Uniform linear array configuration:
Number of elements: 32
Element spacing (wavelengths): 0.75
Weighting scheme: exponential
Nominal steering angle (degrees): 60
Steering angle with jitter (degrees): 61.83
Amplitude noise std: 0.05
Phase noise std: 0.05

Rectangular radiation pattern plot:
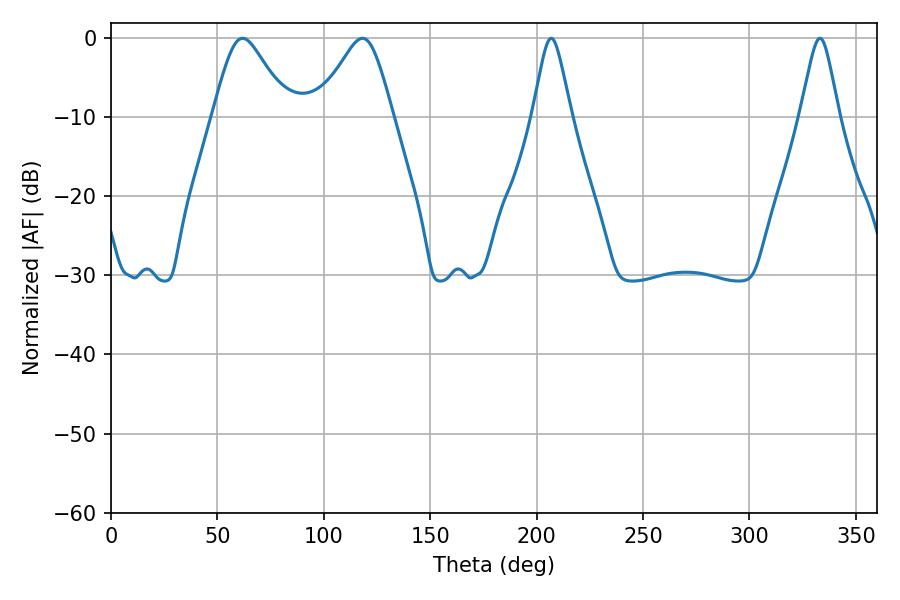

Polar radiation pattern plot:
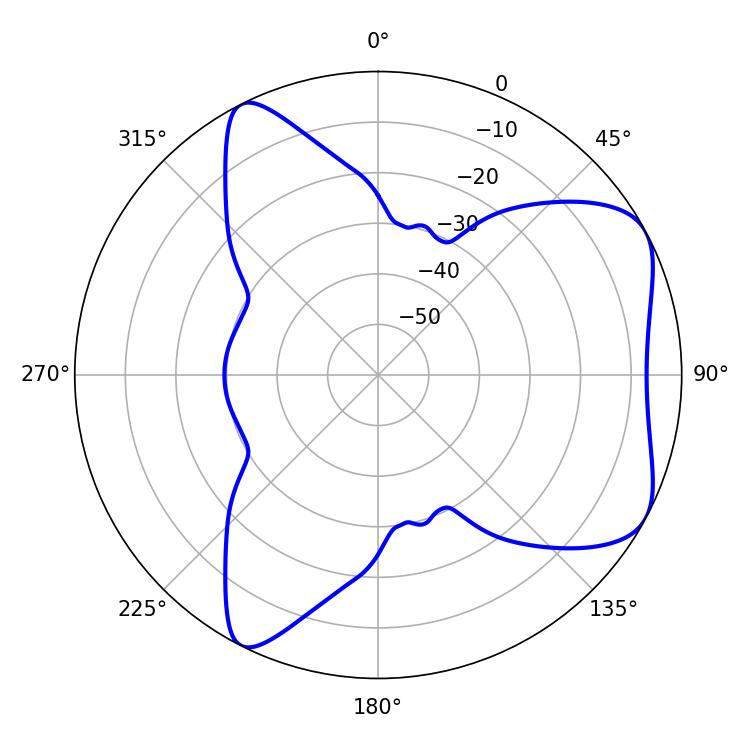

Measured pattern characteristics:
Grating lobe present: TRUE
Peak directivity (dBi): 6.032
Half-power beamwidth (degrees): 8.64
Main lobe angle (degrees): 206.82